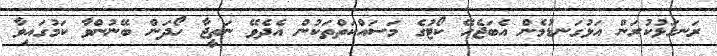
ރަނގަޅުކުރަން އަޅުގަނޑުމެން އެބަޖެހޭ ކޯޓުގެ މަސައްކަތްތަކުން އެދެވޭ ނަތީޖާ ހޯދަން ބޭނުންވާ ކަމުގައިވާ